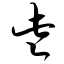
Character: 些